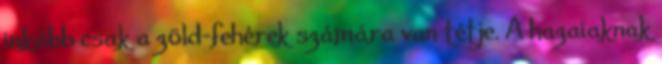
inkább csak a zöld-fehérek számára van tétje. A hazaiaknak